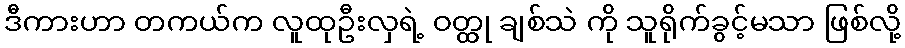
ဒီကားဟာ တကယ်က လူထုဦးလှရဲ့ ဝတ္ထု ချစ်သဲ ကို သူရိုက်ခွင့်မသာ ဖြစ်လို့